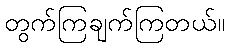
တွက်ကြချက်ကြတယ်။